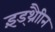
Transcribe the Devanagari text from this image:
इंड्थ्रैाीन